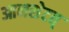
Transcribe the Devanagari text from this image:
आनसेटत्